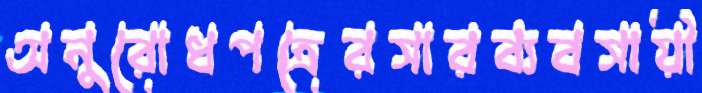
অনুরোধপত্রেরসারব্যবসায়ী